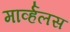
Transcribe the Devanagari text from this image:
मार्व्हलस